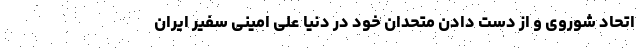
اتحاد شوروی و از دست دادن متحدان خود در دنیا علی امینی سفیر ایران